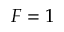
F = 1